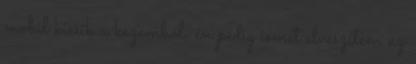
mobil kiesik a kezemből, én pedig ismét elveszítem az